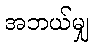
အဘယ်မျှ